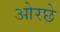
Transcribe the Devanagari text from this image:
ओरछे